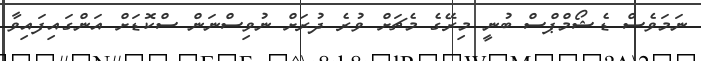
ނަމަވެސް ޑެޝޯމްޕްސް ބުނީ މިރޭގެ މެޗަށް ވުރެ ދުރަށް ނުވިސްނަން ސްކޮޑަށް އަންގައިފައިވާ